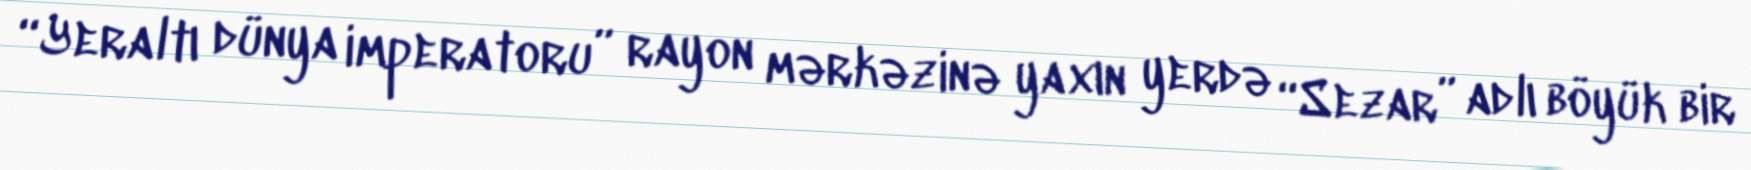
“Yeraltı dünya imperatoru” rayon mərkəzinə yaxın yerdə “Sezar” adlı böyük bir